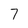
Character: 7